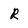
Character: R